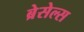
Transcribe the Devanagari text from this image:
ब्रेसेल्स